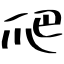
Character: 爬